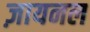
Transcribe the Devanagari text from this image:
ज़ायनल